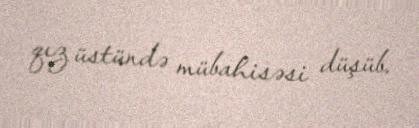
qız üstündə mübahisəsi düşüb.